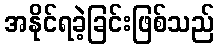
အနိုင်ရခဲ့ခြင်းဖြစ်သည်